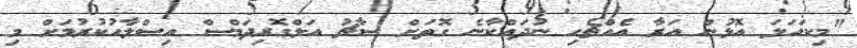
"މިކަހަލަ އޮޅުން އަރާ އެއްޗެހި ނުދައްކާނެ ގޮތަށް ސާޗު އަލްގޮރިދަމްސް އިސްލާހުކުރުމަށް މި